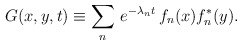
\begin{align*}G (x,y,t) \equiv \sum_n \, e^{-\lambda_n t} \, f_n(x) f^*_n(y).\end{align*}